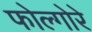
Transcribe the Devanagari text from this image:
फोल्गोरे